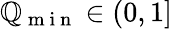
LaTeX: \mathbb{Q}_{\mathrm{{~m~i~n~}}}\in(0,1]